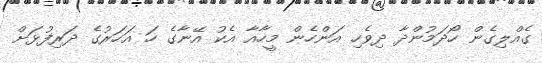
ގެއްލިގެން ހޯދަމުންދާ ދިވެހި އަންހެން މީހާއާ އެކު އޭނާގެ ހަ އަހަރުގެ ދަރިފުޅަށް